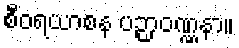
စီဝရယာစန ပဉ္ပာဝဏ္ဏနာ။